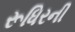
રૂધિરની